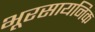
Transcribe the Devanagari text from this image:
भूरसायनिक